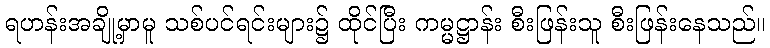
ရဟန်းအချို့မှာမူ သစ်ပင်ရင်းများ၌ ထိုင်ပြီး ကမ္မဋ္ဌာန်း စီးဖြန်းသူ စီးဖြန်းနေသည်။